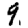
Digit: 9